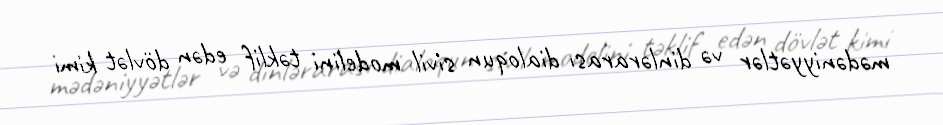
mədəniyyətlər və dinlərarası dialoqun sivil modelini təklif edən dövlət kimi